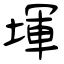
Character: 堚